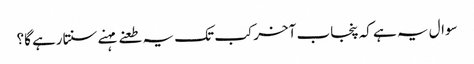
سوال یہ ہے کہ پنجاب آخرکب تک یہ طعنے مہنے سنتارہے گا؟